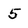
Character: 5